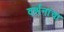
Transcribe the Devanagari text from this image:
वर्णनांचा